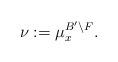
LaTeX: \begin{align*} \nu:=\mu_x^{ B'\setminus F}.\end{align*}